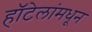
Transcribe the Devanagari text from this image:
हॉटेलांमधून